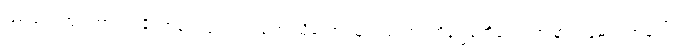
ဖြစ်သည်ဟူ၍ကား အခိုင်အမာ ယုံကြည်လျက် သို့သော် သူသည် ကပ္ပတိန်ဂျွန်ကိုတော့ အခြား လူများ အပေါ်